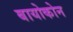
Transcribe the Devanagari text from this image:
बायोकोन